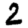
Digit: 2